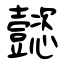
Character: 懿